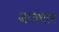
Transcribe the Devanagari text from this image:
जायभावे